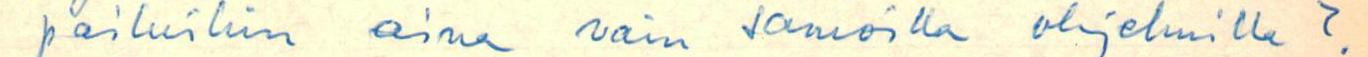
pailuihin aina vain samoilla ohjelmilla?